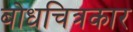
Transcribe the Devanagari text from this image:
बोधचित्रकार